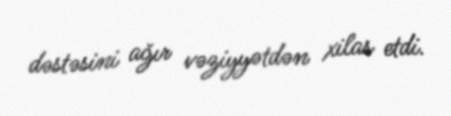
dəstəsini ağır vəziyyətdən xilas etdi.